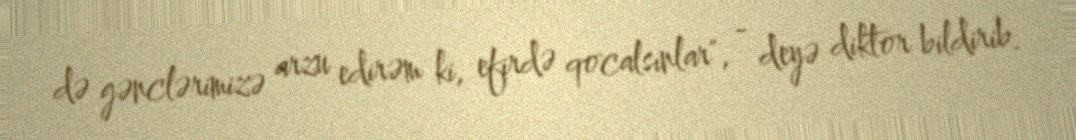
də gənclərimizə arzu edirəm ki, efirdə qocalsınlar", - deyə diktor bildirib.